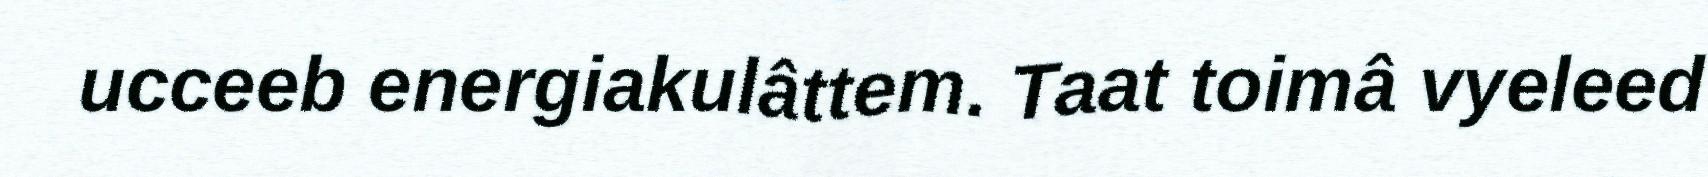
ucceeb energiakulâttem. Taat toimâ vyeleed